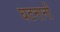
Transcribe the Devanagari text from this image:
घटनानों